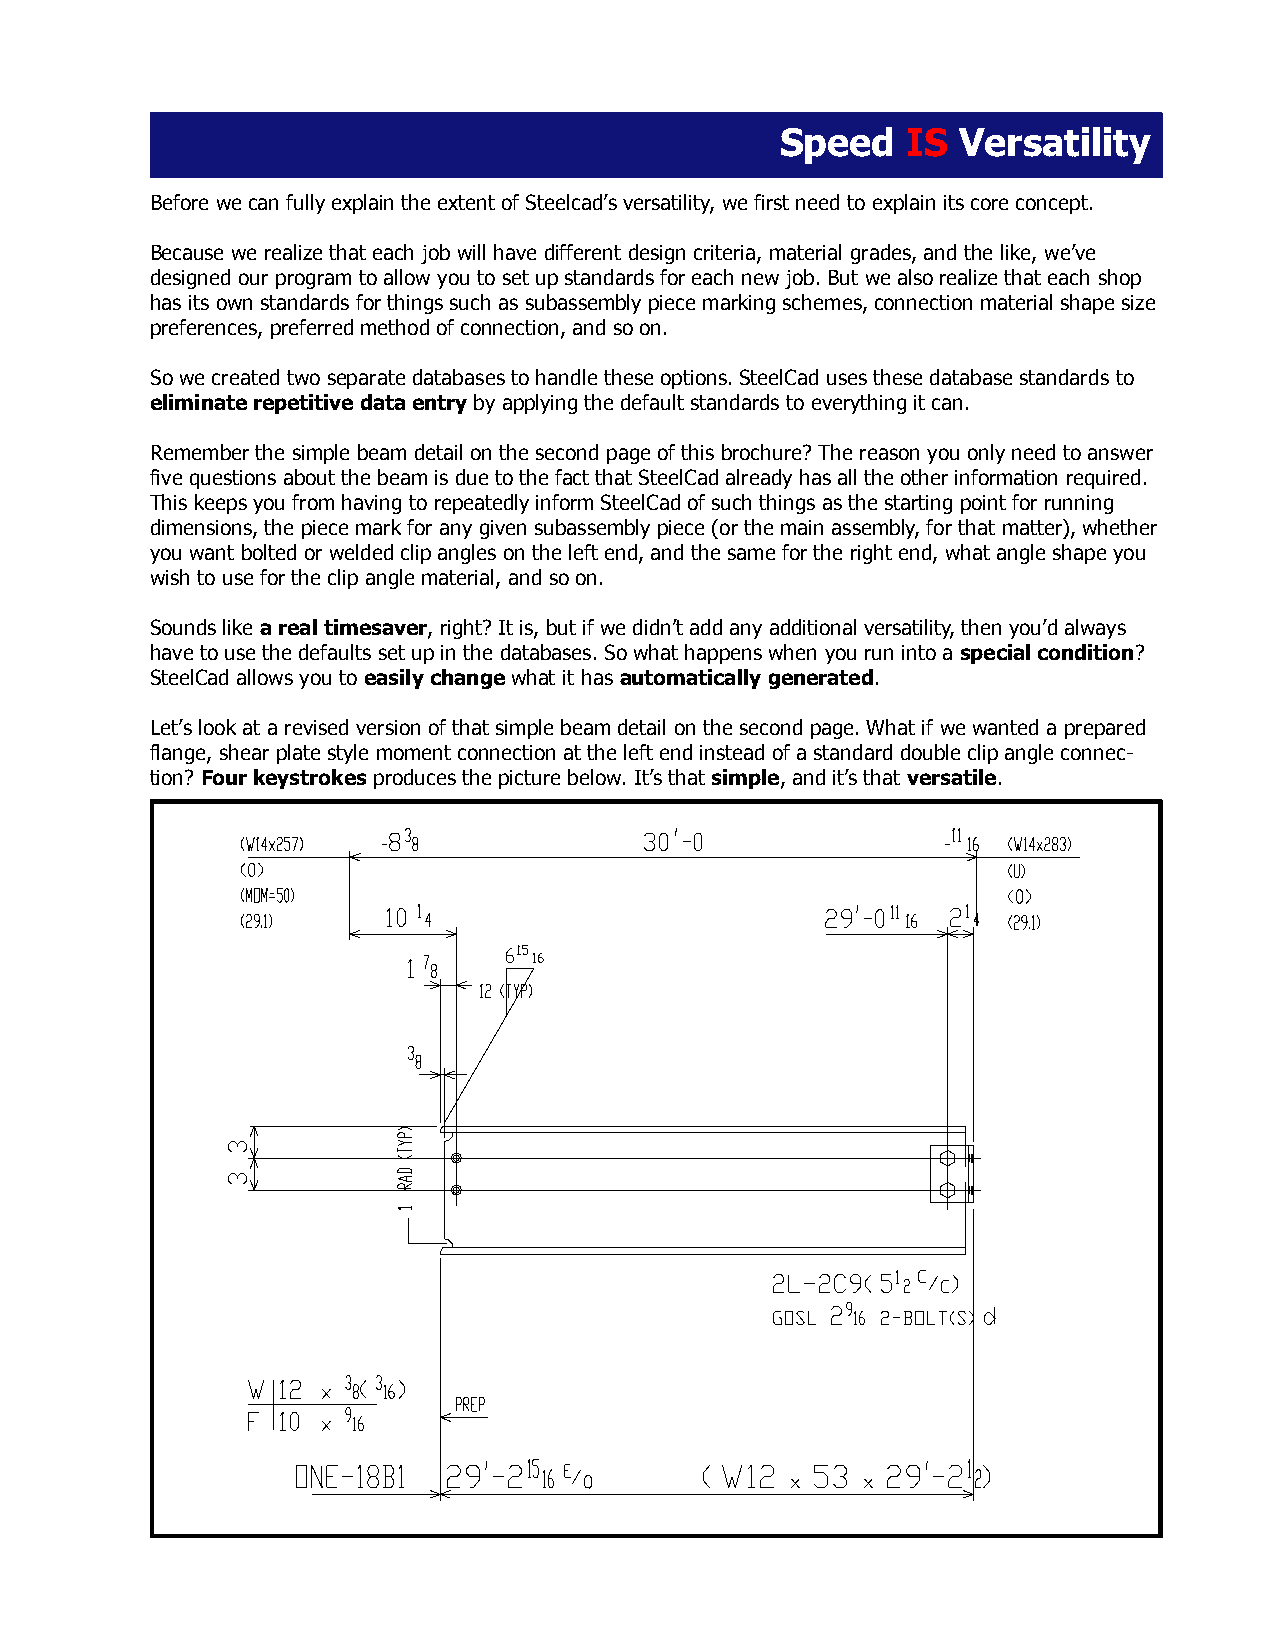
Speed   IS Versatility
 Before we can fully explain the extent of Steelcad’s versatility, we first need to explain its core concept.
 Because we realize that each job will have different design criteria, material grades, and the like, we’ve
 designed our program to allow you to set up standards for each new job. But we also realize that each shop
 has its own standards for things such as subassembly piece marking schemes, connection material shape size
 preferences, preferred method of connection, and so on.
 So we created two separate databases to handle these options. SteelCad uses these database standards to
 eliminate repetitive data entry by applying the default standards to everything it can.
 Remember the simple beam detail on the second page of this brochure? The reason you only need to answer
 five questions about the beam is due to the fact that SteelCad already has all the other information required.
 This keeps you from having to repeatedly inform SteelCad of such things as the starting point for running
 dimensions, the piece mark for any given subassembly piece (or the main assembly, for that matter), whether
 you want bolted or welded clip angles on the left end, and the same for the right end, what angle shape you
 wish to use for the clip angle material, and so on.
 Sounds like a real timesaver, right? It is, but if we didn’t add any additional versatility, then you’d always
 have to use the defaults set up in the databases. So what happens when you run into a special condition?
 SteelCad allows you to easily change what it has automatically generated.
 Let’s look at a revised version of that simple beam detail on the second page. What if we wanted a prepared
 flange, shear plate style moment connection at the left end instead of a standard double clip angle connec-
 tion? Four keystrokes produces the picture below. It’s that simple, and it’s that versatile.